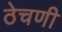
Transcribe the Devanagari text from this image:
ठेचणी